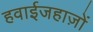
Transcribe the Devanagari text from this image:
हवाईजहाज़ों